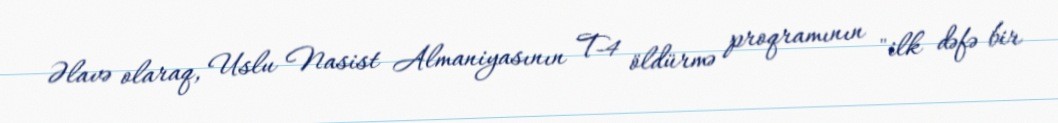
Əlavə olaraq, Uslu Nasist Almaniyasının T-4 öldürmə proqramının "ilk dəfə bir